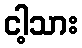
ငါ့သား